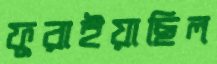
ফুরাইয়াছিল